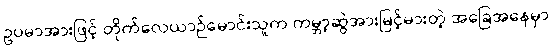
ဥပမာအားဖြင့် တိုက်လေယာဉ်မောင်းသူက ကမ္ဘာ့ဆွဲအားမြင့်မားတဲ့ အခြေအနေမှာ